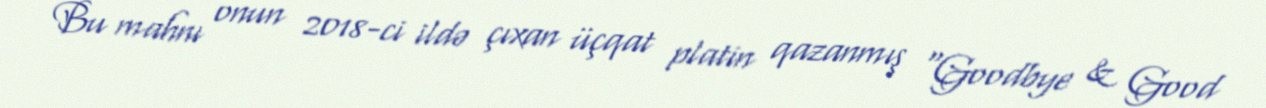
Bu mahnı onun 2018-ci ildə çıxan üçqat platin qazanmış "Goodbye & Good